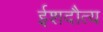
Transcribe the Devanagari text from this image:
ईशदौत्य